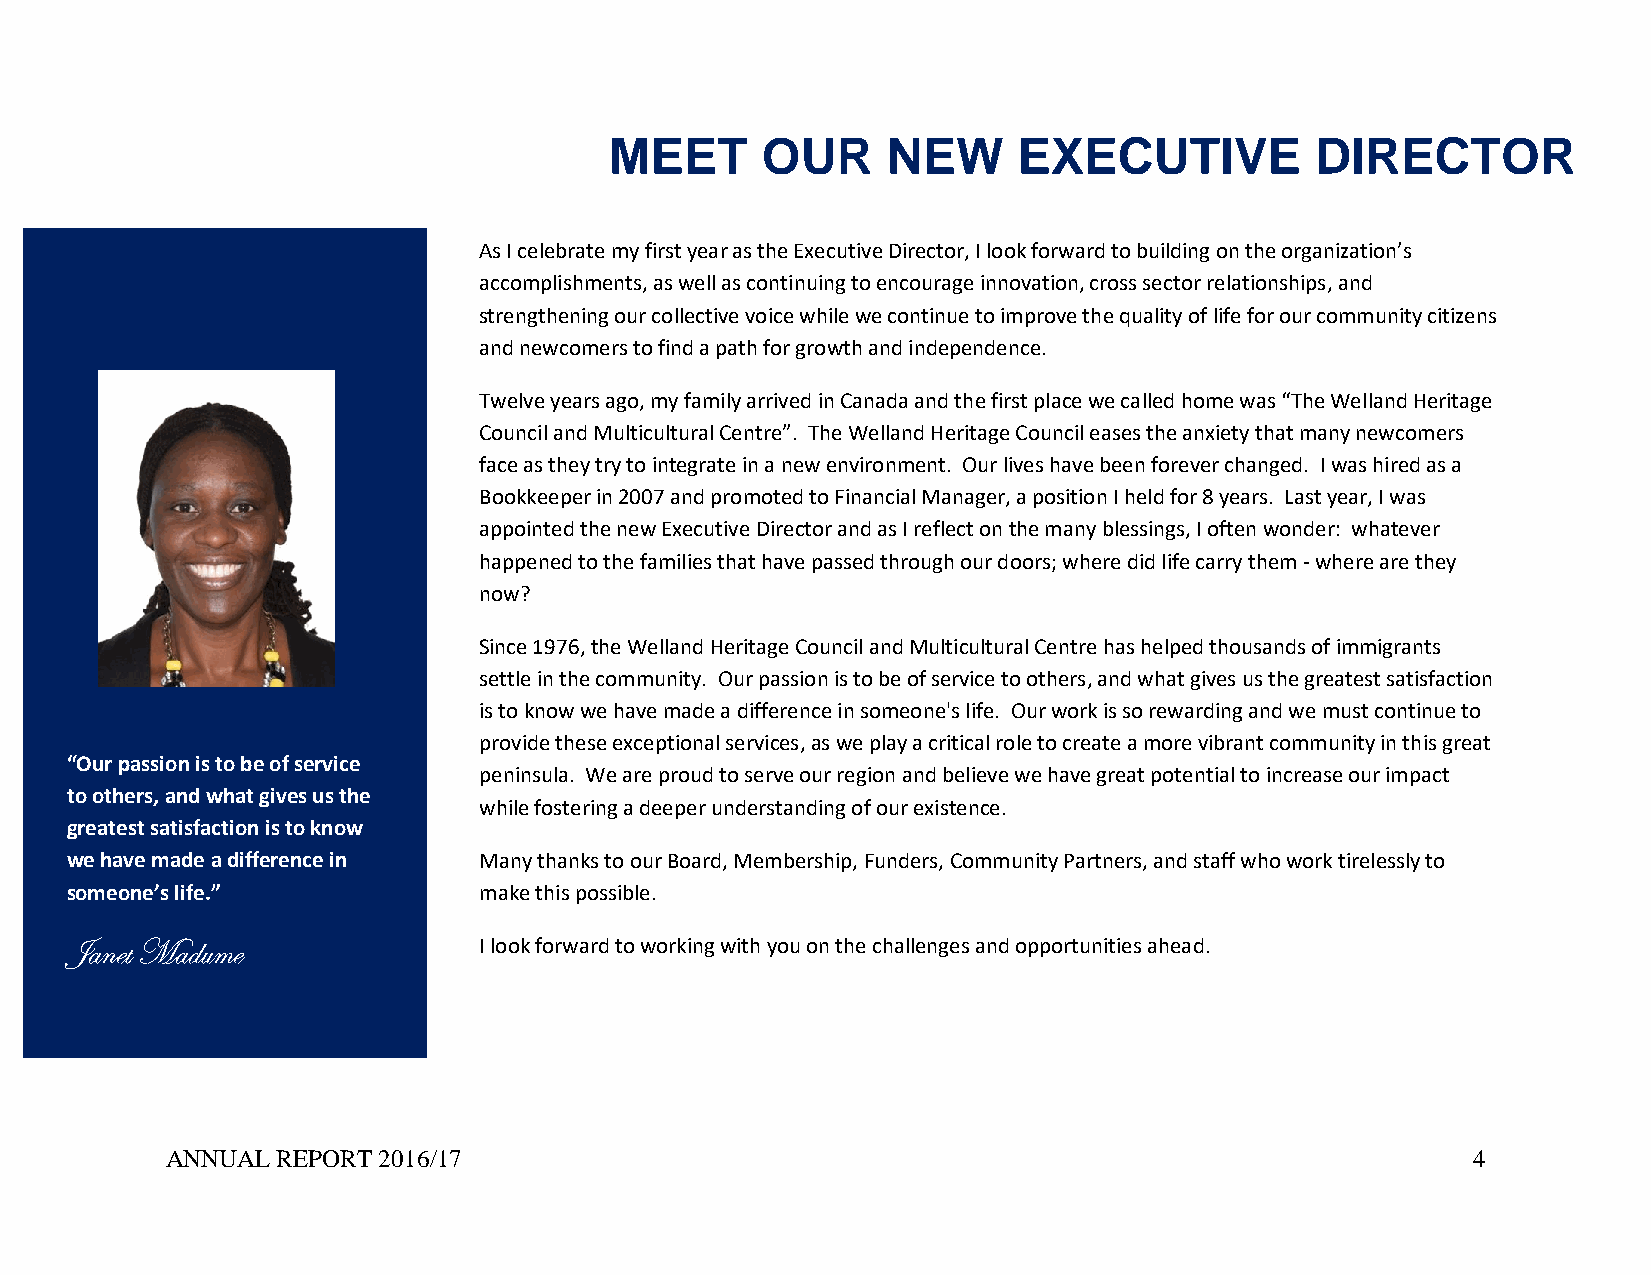
MEET      OUR      NEW     EXECUTIVE           DIRECTOR
 As I celebrate my first year as the Executive Director, I look forward to building on the organization’s
 accomplishments, as well as continuing to encourage innovation, cross sector relationships, and
 strengthening our collective voice while we continue to improve the quality of life for our community citizens
 and newcomers to find a path for growth and independence.
 Twelve years ago, my family arrived in Canada and the first place we called home was “The Welland Heritage
 Council and Multicultural Centre”. The Welland Heritage Council eases the anxiety that many newcomers
 face as they try to integrate in a new environment. Our lives have been forever changed. I was hired as a
 Bookkeeper in 2007 and promoted to Financial Manager, a position I held for 8 years. Last year, I was
 appointed the new Executive Director and as I reflect on the many blessings, I often wonder: whatever
 happened to the families that have passed through our doors; where did life carry them - where are they
 now?
 Since 1976, the Welland Heritage Council and Multicultural Centre has helped thousands of immigrants
 settle in the community. Our passion is to be of service to others, and what gives us the greatest satisfaction
 is to know we have made a difference in someone's life. Our work is so rewarding and we must continue to
 provide these exceptional services, as we play a critical role to create a more vibrant community in this great
 “ O u r p a ssion is to be of service
 peninsula. We are proud to serve our region and believe we have great potential to increase our impact
 to others, and what gives us the
 while fostering a deeper understanding of our existence.
 greatest satisfaction is to know
 we have made a difference in Many thanks to our Board, Membership, Funders, Community Partners, and staff who work tirelessly to
 someone’s life.”            make this possible.
 Janet Madume                I look forward to working with you on the challenges and opportunities ahead.
 ANNUAL REPORT 2016/17                                                                 4